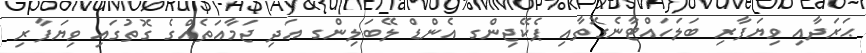
ޙަރަދާއި ވިޔަފާރި ބަލަހައްޓާނެގޮތާއި ޕެކޭޖިންގ އެންޑް ލޭބަލިންގ އަދި ޖަމާއަތެއްގެ ގޮތުގައި ވިޔަފާރި